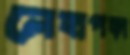
লেহাপড়া